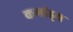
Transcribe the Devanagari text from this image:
कमांड्‌स